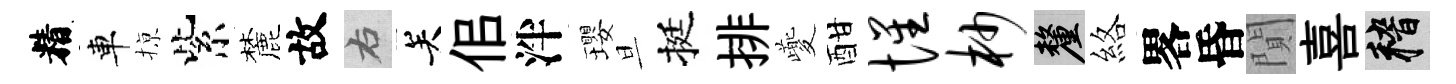
精車𢱊紫麓故右关佀泮瓔旦挺排夔酣惺杪厘絡畧昏閴喜稽